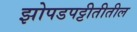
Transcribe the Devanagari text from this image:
झोपडपट्टीतीतील